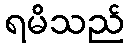
ရမိသည်